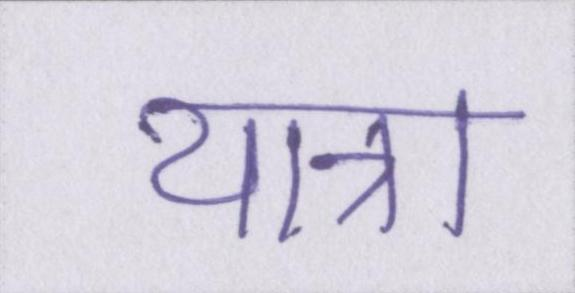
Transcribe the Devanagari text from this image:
यात्रा